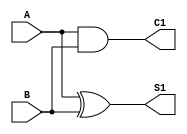
module HalfAdder (
    input wire A,      // First input
    input wire B,      // Second input
    output wire S1,    // Sum output
    output wire C1     // Carry output
);
    assign S1 = A ^ B; // Sum is A XOR B
    assign C1 = A & B; // Carry is A AND B
endmodule